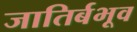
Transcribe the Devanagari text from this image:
जातिर्बभूव